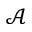
\mathcal { A }